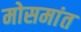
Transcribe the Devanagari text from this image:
मोसमांत